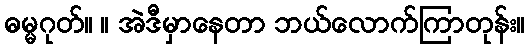
ဓမ္မဂုတ်။ ။ အဲဒီမှာနေတာ ဘယ်လောက်ကြာတုန်း။